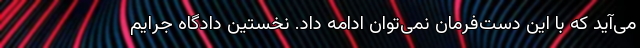
می‌آید که با این دست‌فرمان نمی‌توان ادامه داد. نخستین دادگاه جرایم